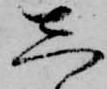
し